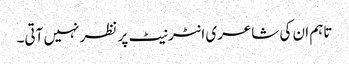
تاہم ان کی شاعری انٹرنیٹ پر نظر نہیں آتی۔